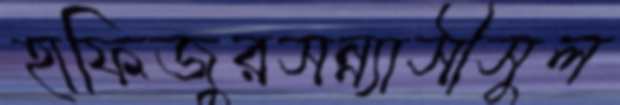
হাফিজুরসন্ন্যাসীসুল